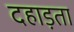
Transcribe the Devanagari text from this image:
दहाड़ता